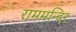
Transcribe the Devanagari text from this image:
राममन्दिर